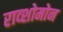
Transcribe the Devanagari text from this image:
राव्शोमोन